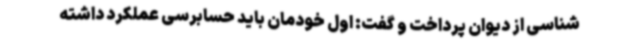
شناسی از دیوان پرداخت و گفت: اول خودمان باید حسابرسی عملکرد داشته